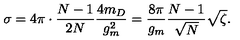
\sigma = 4 \pi \cdot \frac { N - 1 } { 2 N } \frac { 4 m _ { D } } { g _ { m } ^ { 2 } } = \frac { 8 \pi } { g _ { m } } \frac { N - 1 } { \sqrt { N } } \sqrt { \zeta } .